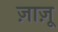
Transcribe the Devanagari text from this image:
ज़ाज़ू